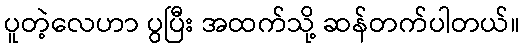
ပူတဲ့လေဟာ ပွပြီး အထက်သို့ ဆန်တက်ပါတယ်။